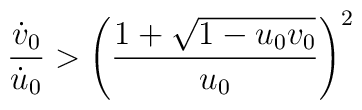
\frac{\dot v_0}{\dot u_0}>\left( \frac{1+\sqrt{1-u_0v_0}}{u_0}\right) ^2